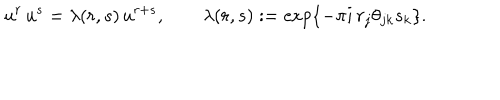
LaTeX: u ^ { r } \, u ^ { s } = \lambda ( r , s ) \, u ^ { r + s } , \qquad \lambda ( r , s ) : = \exp \{ - \pi i \, r _ { j } \theta _ { j k } s _ { k } \} .